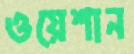
ওয়েশান